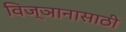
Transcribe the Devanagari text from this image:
विज्ञानासाठी